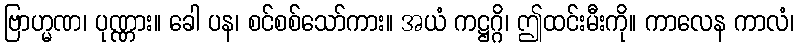
ဗြာဟ္မဏ၊ ပုဏ္ဏား။ ခေါ ပန၊ စင်စစ်သော်ကား။ အယံ ကဋ္ဌဂ္ဂိ၊ ဤထင်းမီးကို။ ကာလေန ကာလံ၊